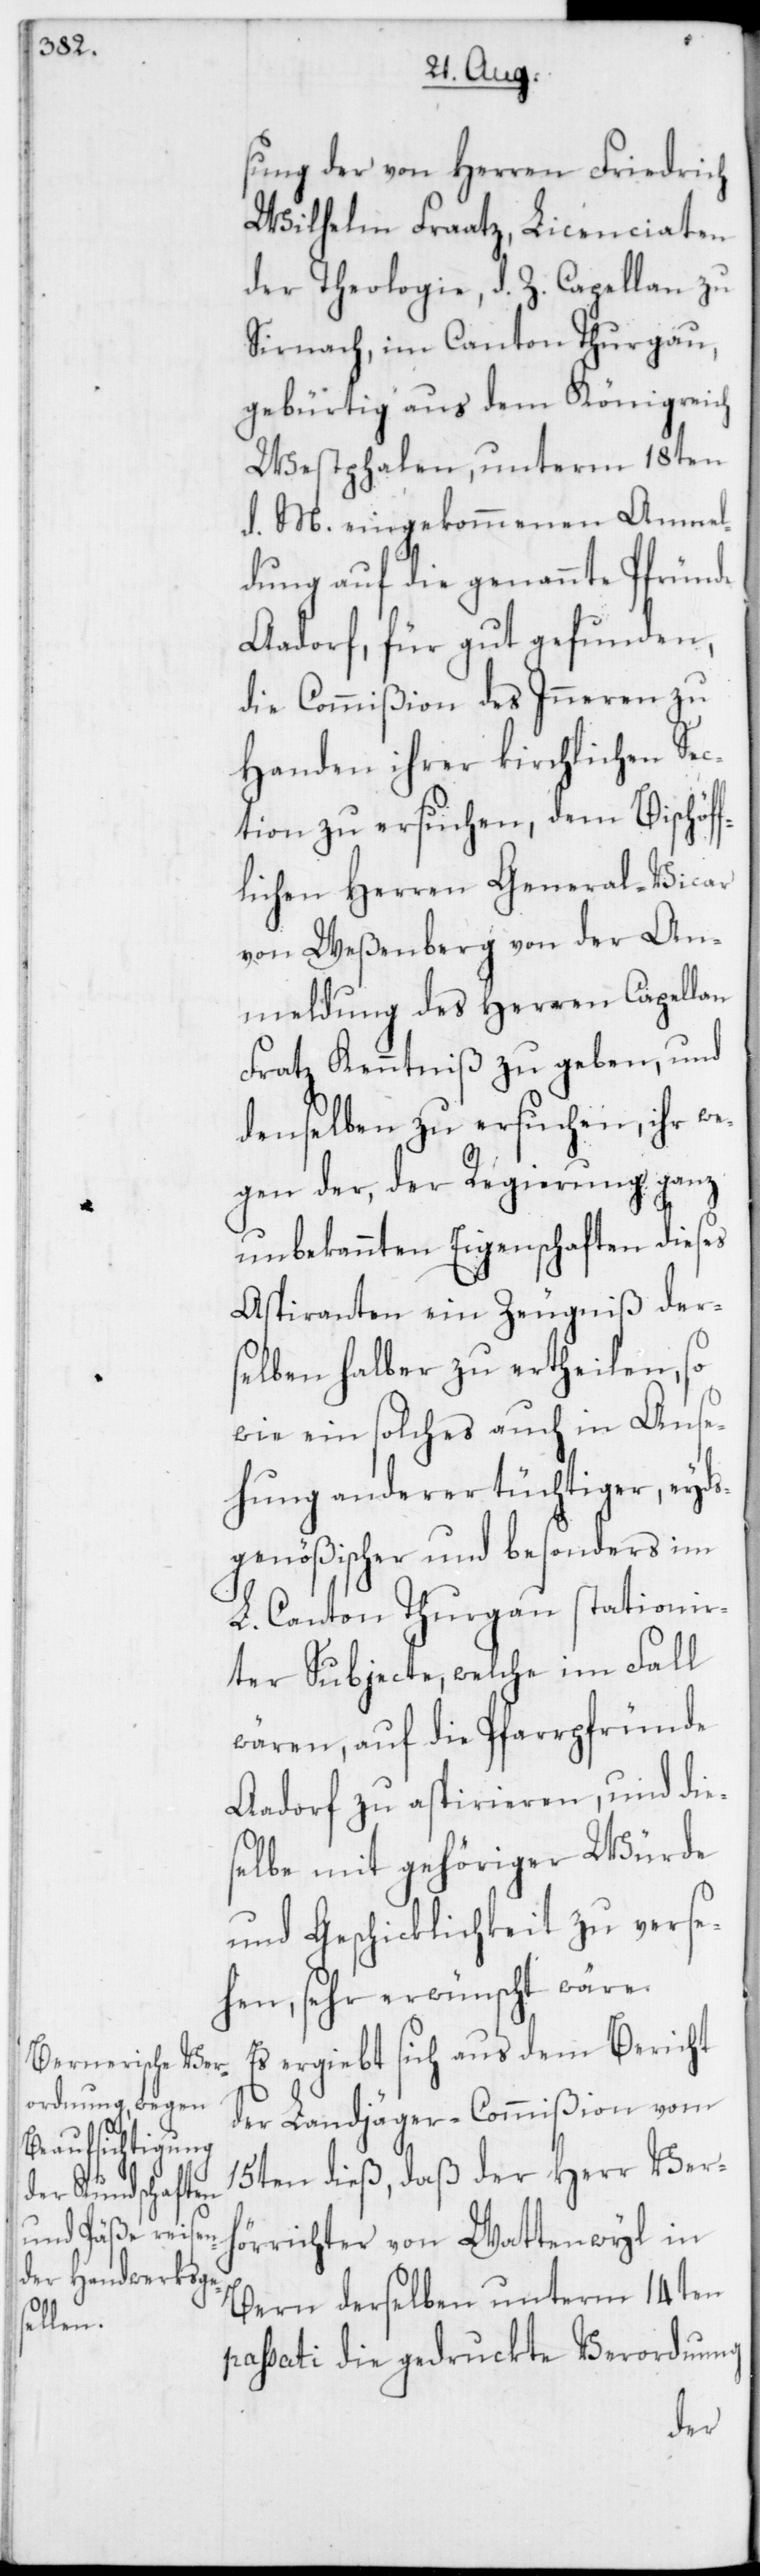
sung der von Herren Friedrich
Wilhelm Fraatz, Licenciaten
der Theologie, d. Z. Capellan zu
Sirnach im Canton Thurgau,
gebürtig aus dem Königreich
Westphalen, unterm 18ten
d. M. eingekommenen Anmel¬
dung auf die genannte Pfründe
Aadorf, für gut gefunden,
die Commißion des Inneren zu
Handen ihrer kirchlichen Sec¬
tion zu ersuchen, dem Bischöff¬
lichen Herren General-Vicar
von Weßenberg von der An¬
meldung des Herren Capellan
Fratz Kenntniß zu geben, und
denselben zu ersuchen, ihr we¬
gen der, der Regierung ganz
unbekannten Eigenschaften dieses
Aspiranten ein Zeugniß der¬
selben halber zu ertheilen, so
wie ein solches auch in Anse¬
hung anderer tüchtiger, eyds¬
genößischer und besonders im
L. Canton Thurgau stationie¬
rter Subjecte, welche im Fall
wären, auf die Pfarrpfründe
Aadorf zu aspirieren, und die¬
selbe mit gehöriger Würde
und Geschicklichkeit zu verse¬
hen, sehr erwünscht wäre.
Es ergiebt sich aus dem Bericht
der Landjäger-Commißion vom
15ten dieß, daß der Herr Verh¬
örrichter von Wattenwyl in
Bern derselben unterm 14ten
passati die gedruckte Verordnung